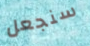
سنجعل